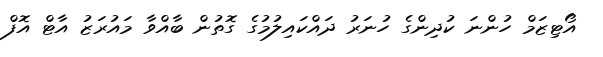
އޯޓިޒަމް ހުންނަ ކުދިންގެ ހުނަރު ދައްކައިލުމުގެ ގޮތުން ބާއްވާ މައުރަޒު އާޓް އޮފް